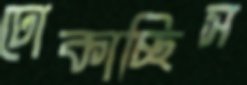
ঢোকাচ্ছিস